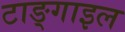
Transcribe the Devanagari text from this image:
टाङ्गाइल